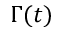
\Gamma ( t )